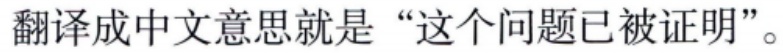
翻译成中文意思就是“这个问题已被证明”。